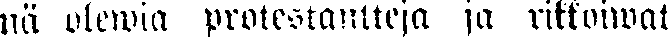
nä olewia protestantteja ja rikkoiwat